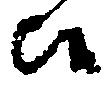
候